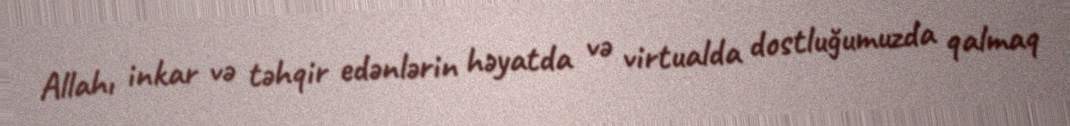
Allahı inkar və təhqir edənlərin həyatda və virtualda dostluğumuzda qalmaq